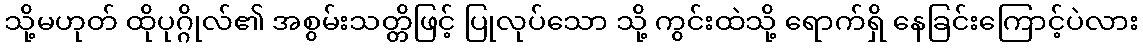
သို့မဟုတ် ထိုပုဂ္ဂိုလ်၏ အစွမ်းသတ္တိဖြင့် ပြုလုပ်သော သို့ ကွင်းထဲသို့ ရောက်ရှိ နေခြင်းကြောင့်ပဲလား